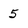
Character: 5